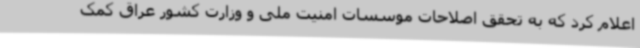
اعلام کرد که به تحقق اصلاحات موسسات امنیت ملی و وزارت کشور عراق کمک